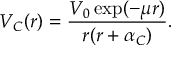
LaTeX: V _ { C } ( r ) = \frac { V _ { 0 } \exp ( - \mu r ) } { r ( r + \alpha _ { C } ) } .